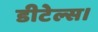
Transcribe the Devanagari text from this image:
डीटेल्स।